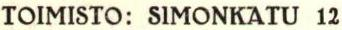
TOIMISTO: SIMONKATU 12